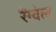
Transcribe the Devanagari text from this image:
रैंग्वेल